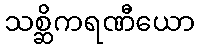
သစ္ဆိကရဏီယော